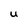
Character: u